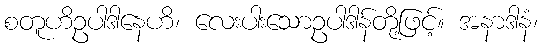
စတူဟိဥပါဒါနေဟိ၊ လေးပါးသောဥပါဒါန်တို့ဖြင့်။ အနာဒါနံ၊